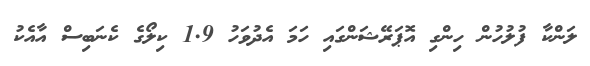
ލަންކާ ފުލުހުން ހިންގި އޮޕަރޭޝަންގައި ހަމަ އެދުވަހު 1.9 ކިލޯގެ ކެނަބިސް އާއެކު